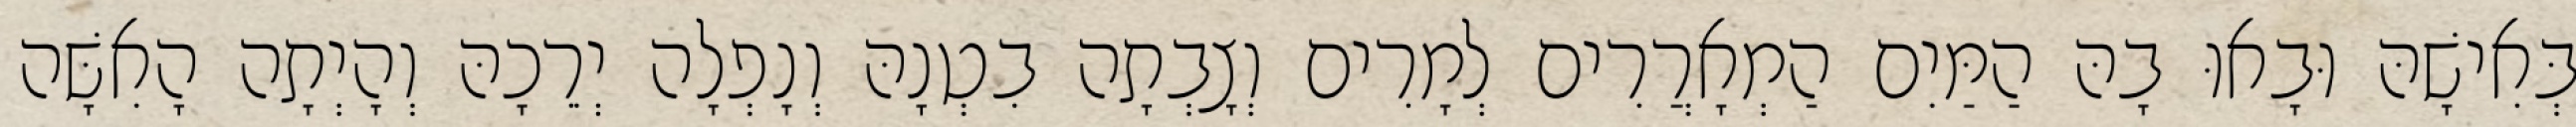
בְּאִישָׁהּ וּבָאוּ בָהּ הַמַּיִם הַמְאָרֲרִים לְמָרִים וְצָבְתָה בִטְנָהּ וְנָפְלָה יְרֵכָהּ וְהָיְתָה הָאִשָּׁה